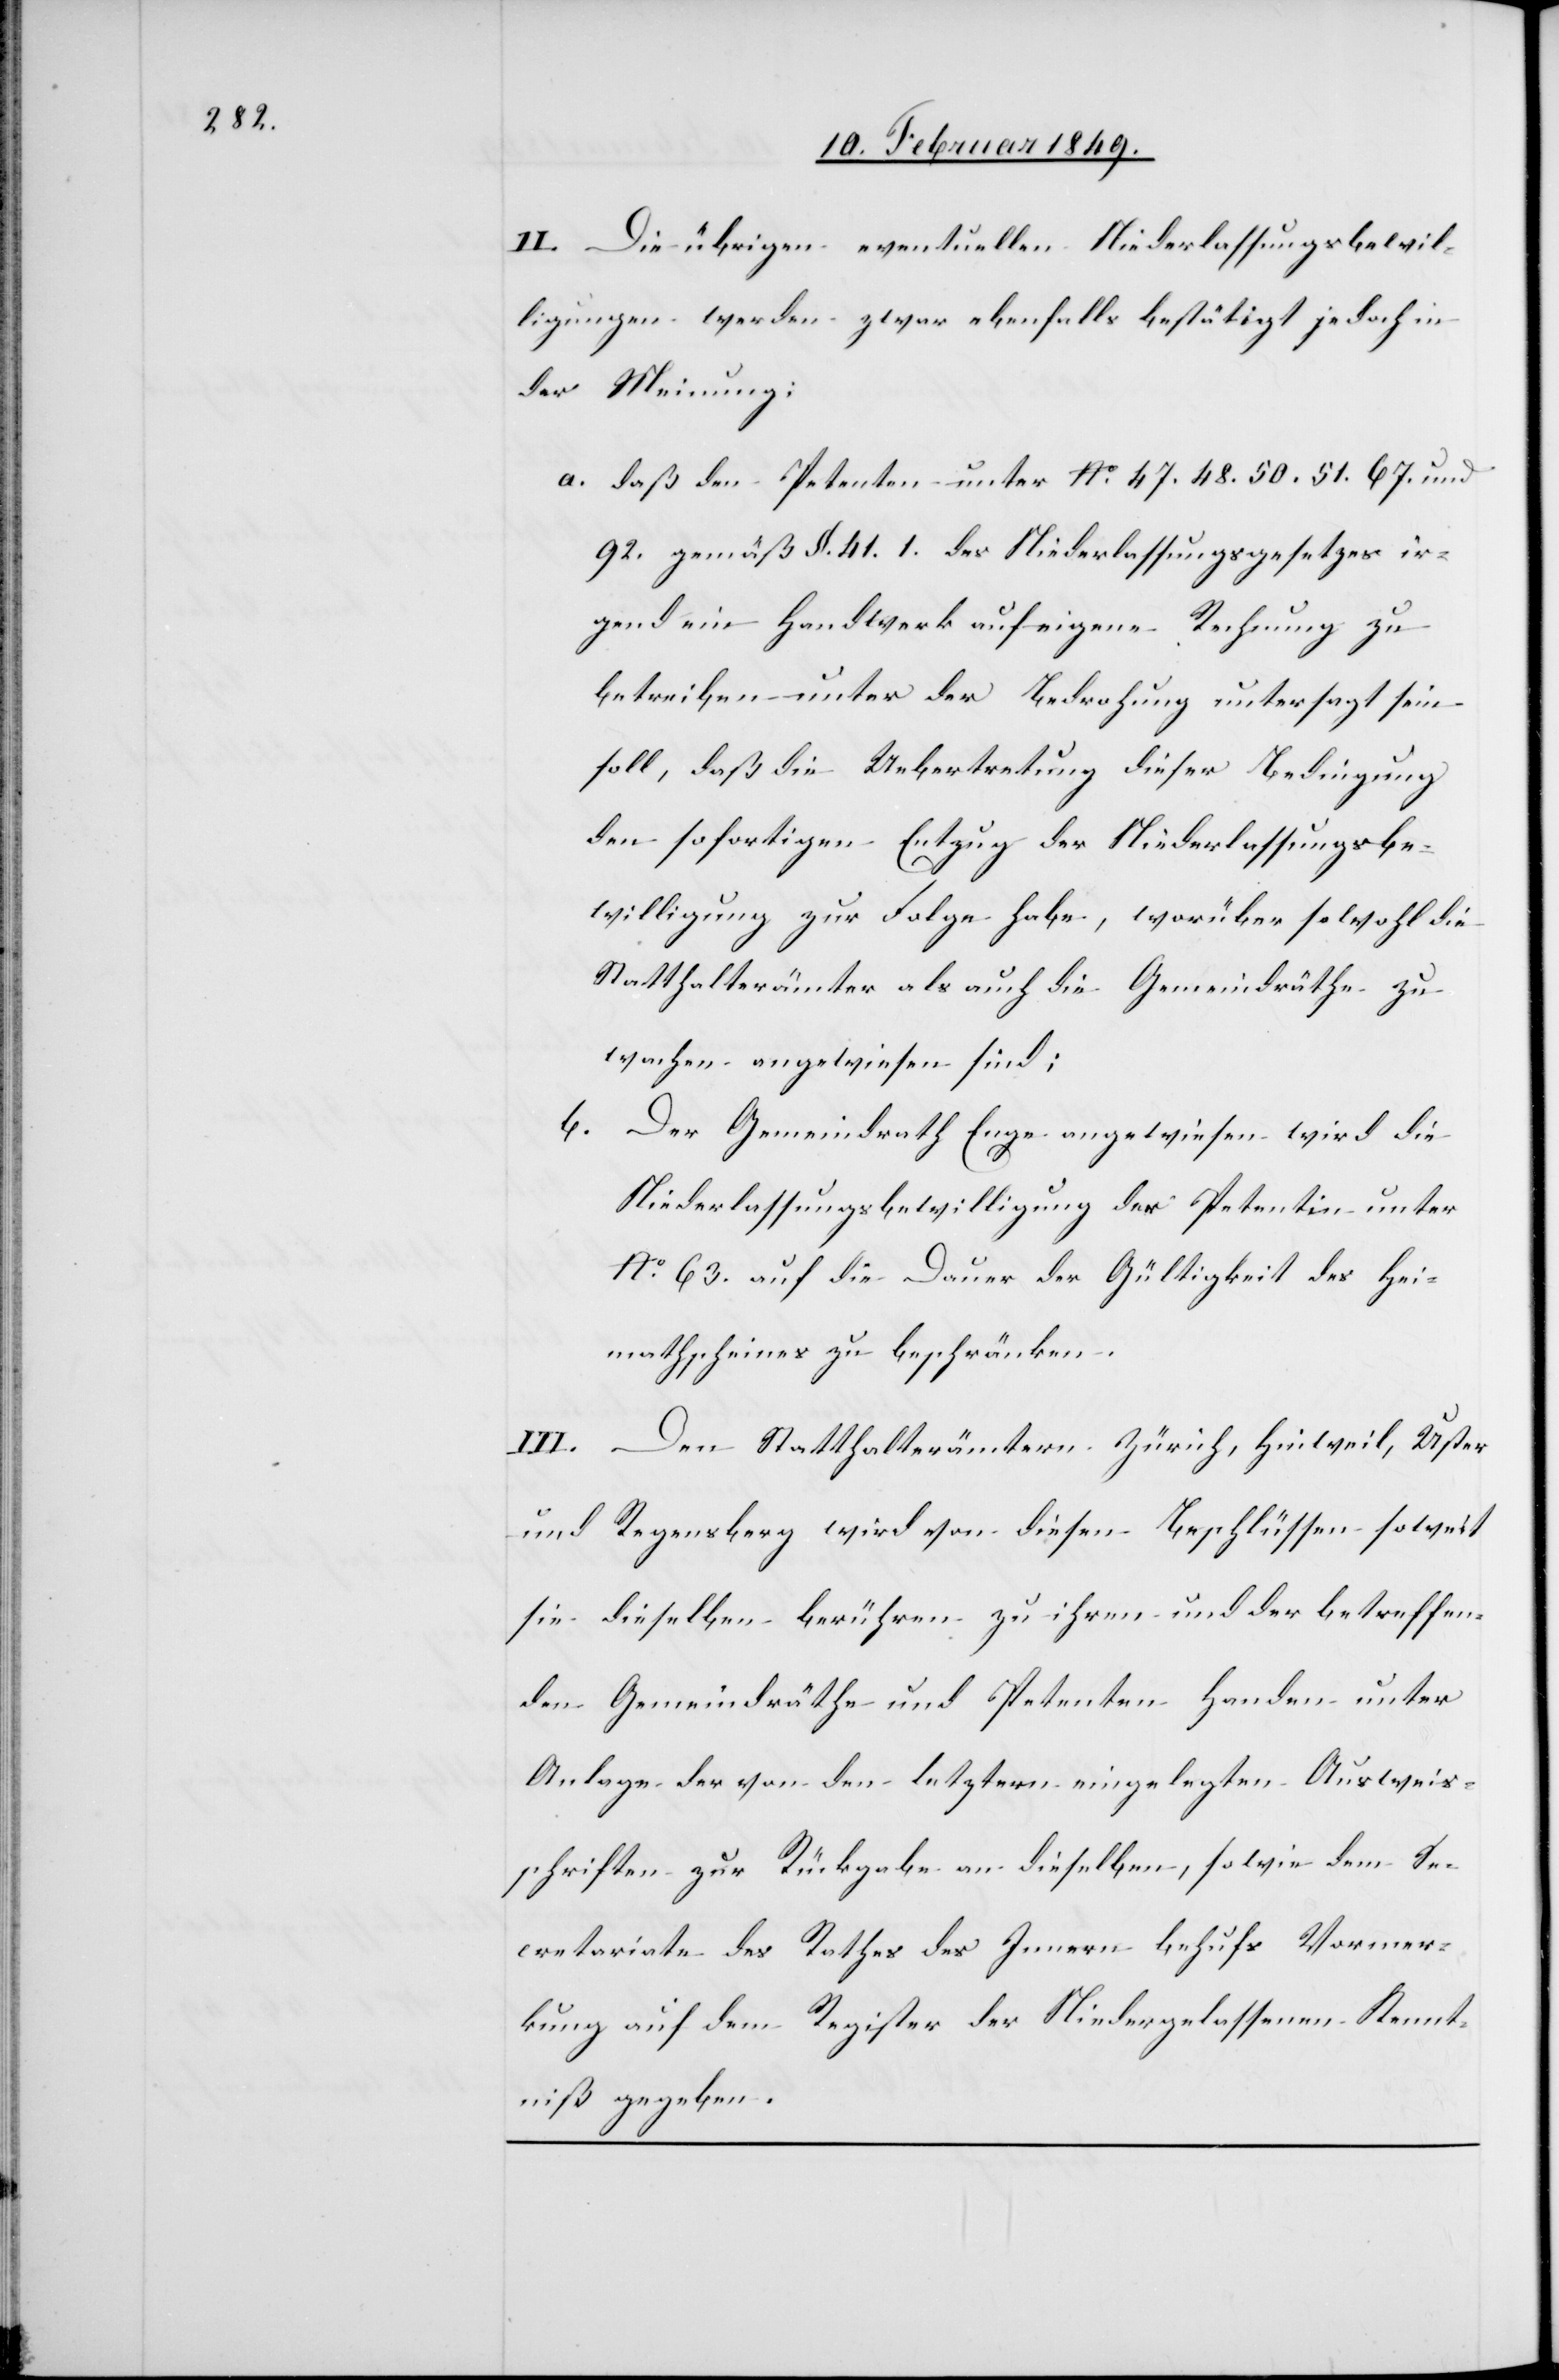
II. Die übrigen eventuellen Niederlassungsbewil¬
ligungen werden zwar ebenfalls bestätigt jedoch in
der Meinung:
a. daß den Petenten unter No. 47. 48. 50. 51. 67. und
92. gemäß §. 41. 1. des Niederlassungsgesetzes ir¬
gend ein Handwerk auf eigene Rechnung zu
betreiben unter der Bedrohung untersagt sein
soll, daß die Uebertretung dieser Bedingung
den sofortigen Entzug der Niederlassungsbe¬
willigung zur Folge habe, worüber sowohl die
Statthalterämter als auch die Gemeindräthe zu
wachen angewiesen sind;
b. Der Gemeindrath Enge angewiesen wird die
Niederlassungsbewilligung der Petentin unter
No. 63 auf die Dauer der Gültigkeit des Hei¬
mathscheines zu beschränken.
Den Statthalterämtern Zürich, Hinweil, Uster
und Regensberg wird von diesen Beschlüssen soweit
sie dieselben berühren zu ihrem und der betreffen¬
den Gemeindräthe und Petenten Handen unter
Anlage der von den letztern eingelegten Ausweis¬
schriften zur Rückgabe an dieselben, sowie dem Se¬
cretariate des Rathes des Innern behufs Vormer¬
kung auf dem Register der Niedergelassenen Kennt¬
niß gegeben.